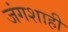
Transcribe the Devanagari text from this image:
जंगशाही